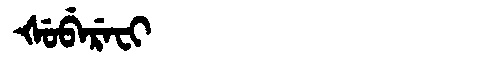
Manchu: ᡧᡠᠪᡝᡵᡝᠸᡳ
Romanization: ŠUBEREFI